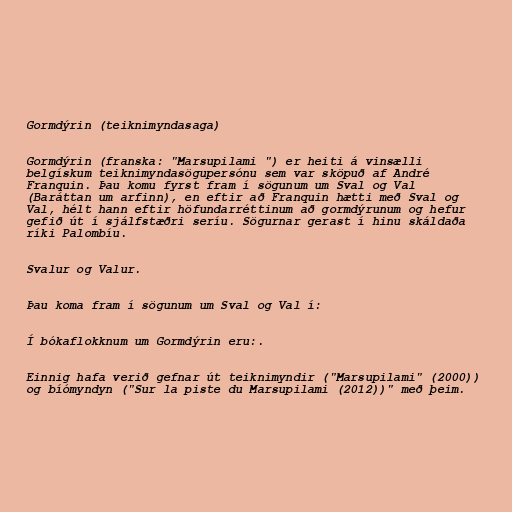
Gormdýrin (teiknimyndasaga)

Gormdýrin (franska: "Marsupilami ") er heiti á vinsælli
belgískum teiknimyndasögupersónu sem var sköpuð af André
Franquin. Þau komu fyrst fram í sögunum um Sval og Val
(Baráttan um arfinn), en eftir að Franquin hætti með Sval og
Val, hélt hann eftir höfundarréttinum að gormdýrunum og hefur
gefið út í sjálfstæðri seríu. Sögurnar gerast í hinu skáldaða
ríki Palombíu.

Svalur og Valur.

Þau koma fram í sögunum um Sval og Val í:

Í bókaflokknum um Gormdýrin eru:.

Einnig hafa verið gefnar út teiknimyndir ("Marsupilami" (2000))
og bíómyndyn ("Sur la piste du Marsupilami (2012))" með þeim.